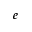
e